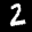
Label: 2